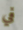
في